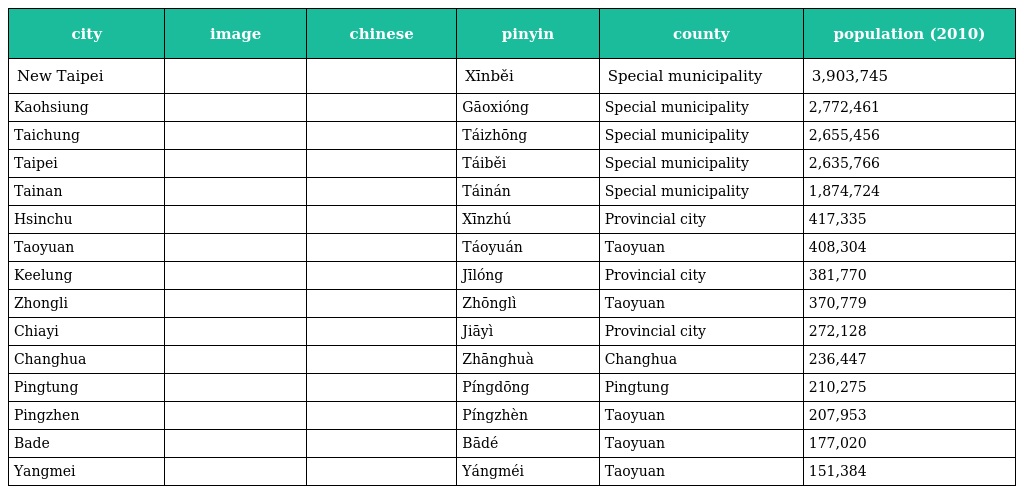
| city | image | chinese | pinyin | county | population (2010) |
 | --- | --- | --- | --- | --- | --- |
 | New Taipei |  | 新北 | Xīnběi | Special municipality | 3,903,745 |
 | Kaohsiung |  | 高雄 | Gāoxióng | Special municipality | 2,772,461 |
 | Taichung |  | 臺中 | Táizhōng | Special municipality | 2,655,456 |
 | Taipei |  | 臺北 | Táiběi | Special municipality | 2,635,766 |
 | Tainan |  | 臺南 | Táinán | Special municipality | 1,874,724 |
 | Hsinchu |  | 新竹 | Xīnzhú | Provincial city | 417,335 |
 | Taoyuan |  | 桃園 | Táoyuán | Taoyuan | 408,304 |
 | Keelung |  | 基隆 | Jīlóng | Provincial city | 381,770 |
 | Zhongli |  | 中壢 | Zhōnglì | Taoyuan | 370,779 |
 | Chiayi |  | 嘉義 | Jiāyì | Provincial city | 272,128 |
 | Changhua |  | 彰化 | Zhānghuà | Changhua | 236,447 |
 | Pingtung |  | 屏東 | Píngdōng | Pingtung | 210,275 |
 | Pingzhen |  | 平鎮 | Píngzhèn | Taoyuan | 207,953 |
 | Bade |  | 八德 | Bādé | Taoyuan | 177,020 |
 | Yangmei |  | 楊梅 | Yángméi | Taoyuan | 151,384 |